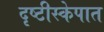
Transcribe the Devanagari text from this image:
दृष्टीस्केपात